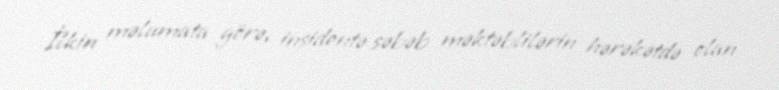
İlkin məlumata görə, insidentə səbəb məktəblilərin hərəkətdə olan